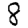
Digit: 8